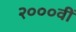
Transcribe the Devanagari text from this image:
२०००वीं